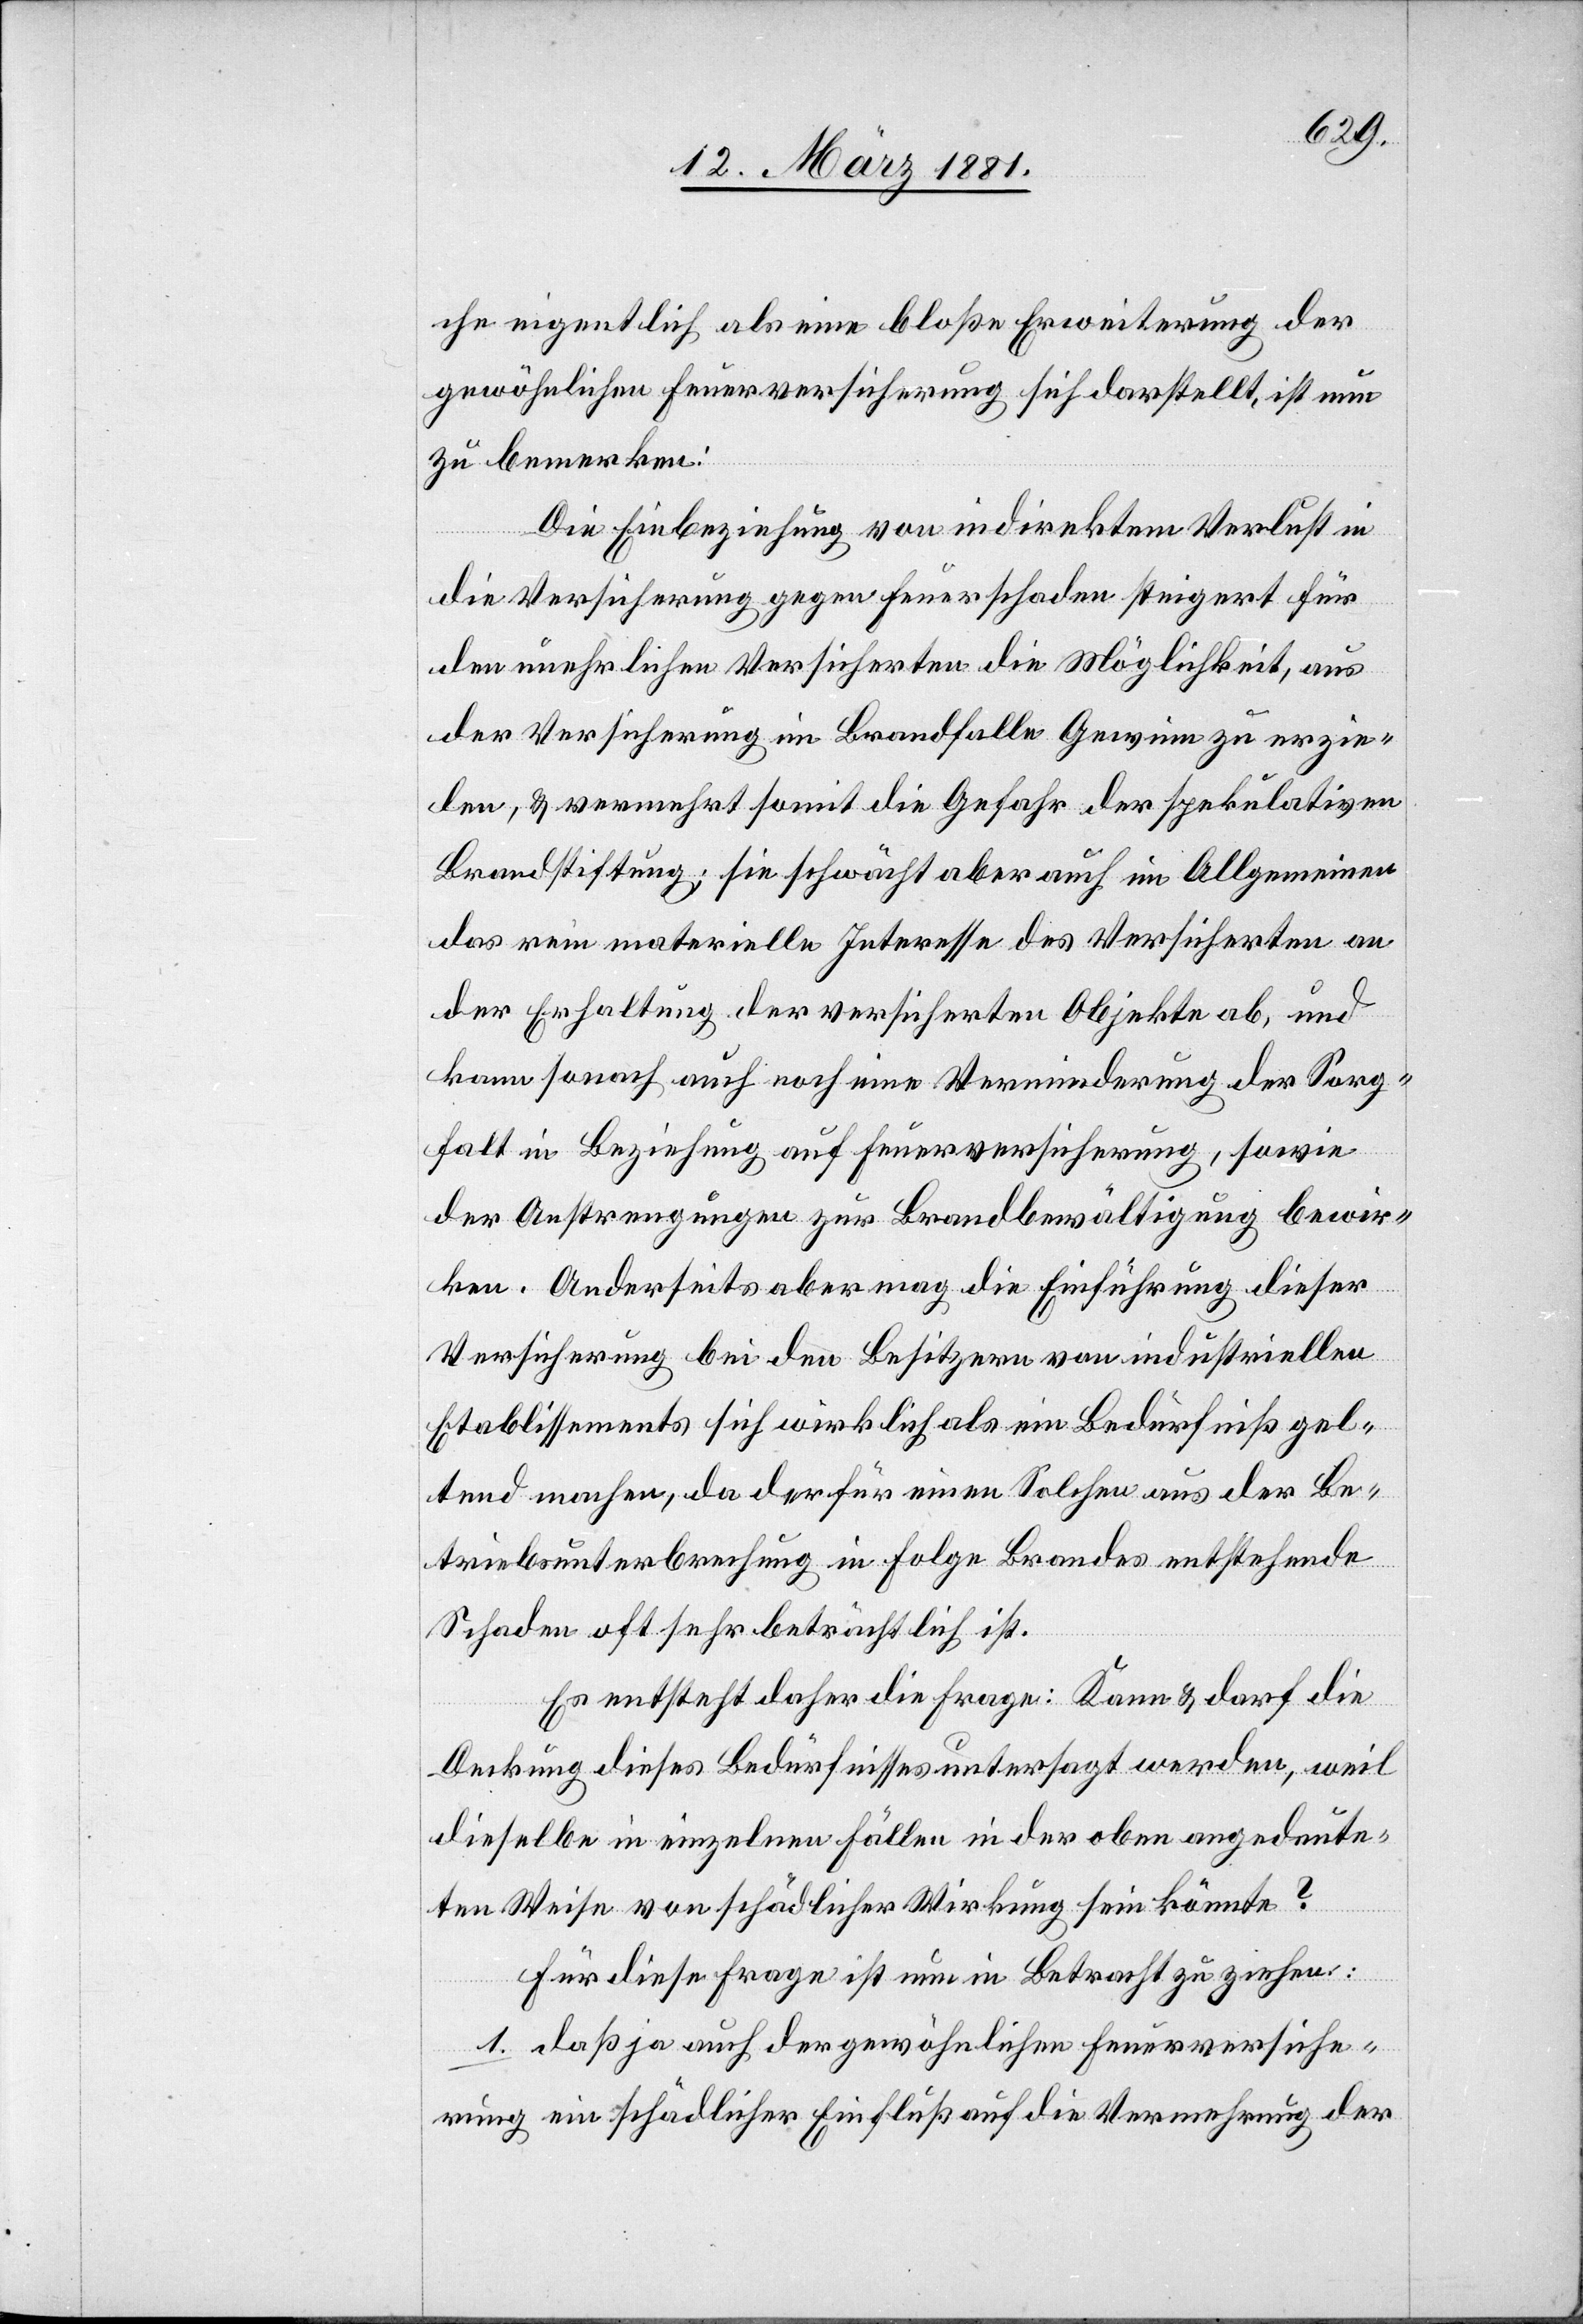
che eigentlich als eine bloße Erweiterung der
gewöhnlichen Feuerversicherung sich darstellt, ist nun
zu bemerken:
Die Einbeziehung von indirektem Verlust in
die Versicherung gegen Feuerschaden steigert für
den unehrlichen Versicherten die Möglichkeit, aus
der Versicherung im Brandfalle Gewinn zu erzie¬
len, & vermehrt somit die Gefahr der spekulativen
Brandstiftung; sie schwächt aber auch im Allgemeinen
das rein materielle Interesse des Versicherten an
der Erhaltung der versicherten Objekte ab, und
kann sonach auch noch eine Verminderung der Sorg¬
falt in Beziehung auf Feuerversicherung, sowie
der Anstrengungen zur Brandbewältigung bewir¬
ken. Anderseits aber mag die Einführung dieser
Versicherung bei den Besitzern von industriellen
Etablissements sich wirklich als ein Bedürfniß gel¬
tend machen, da der für einen Solchen aus der Be¬
triebsunterbrechung in Folge Brandes entstehende
Schaden oft sehr beträchtlich ist.
Es entsteht daher die Frage: Kann & darf die
Deckung dieses Bedürfnisses untersagt werden, weil
dieselbe in einzelnen Fällen in der oben angedeute¬
ten Weise von schädlicher Wirkung sein könnte?
Für diese Frage ist nun in Betracht zu ziehen:
1. daß ja auch der gewöhnlichen Feuerversiche¬
rung ein schädlicher Einfluß auf die Vermehrung der